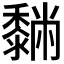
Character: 𪐆